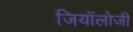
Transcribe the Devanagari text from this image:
जियॉलोजी